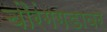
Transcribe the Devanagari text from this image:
चौरंगगडावर